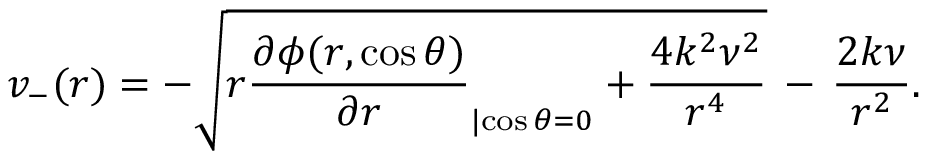
v _ { - } ( r ) = - \sqrt { r \frac { \partial \phi ( r , \cos \theta ) } { \partial r } _ { | { \cos \theta = 0 } } + \frac { 4 k ^ { 2 } \nu ^ { 2 } } { r ^ { 4 } } } \, - \, \frac { 2 k \nu } { r ^ { 2 } } .